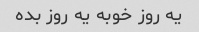
یه روز خوبه یه روز بده